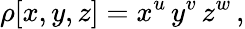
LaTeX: \rho[x,y,z]=x^{u}\, y^{v}\, z^{w}\, ,